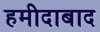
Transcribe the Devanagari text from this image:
हमीदाबाद